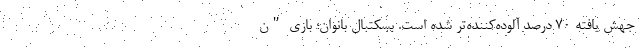
جهش یافته ۷۰ درصد آلوده‌کننده‌تر شده است. بسکتبال بانوان؛ بازی "ن